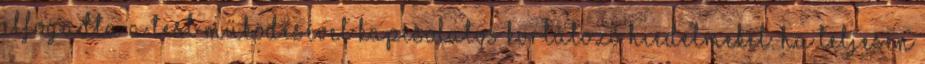
elfogadta a test működésével kapcsolatos korlátozó hiedelmeket. Ha teljesen